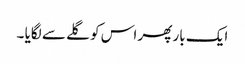
ایک بار پھر اس کو گلے سے لگایا ۔